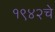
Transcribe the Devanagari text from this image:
१९४२चे